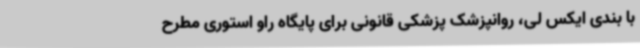
با بندی ایکس لی، روانپزشک پزشکی قانونی برای پایگاه راو استوری مطرح